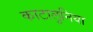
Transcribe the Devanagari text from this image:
काटालुनिया